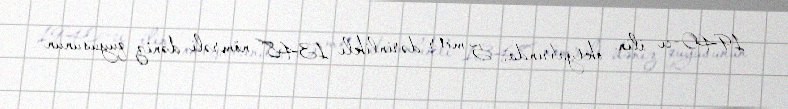
1940-cı ilin oktyabrında, 5 metr dərinlikli 1348 nömrəli dəniz quyusunun